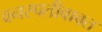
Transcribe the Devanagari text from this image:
वनस्पतीबाबत